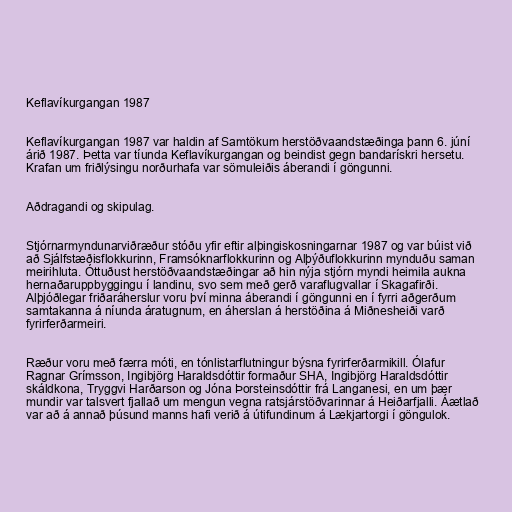
Keflavíkurgangan 1987

Keflavíkurgangan 1987 var haldin af Samtökum herstöðvaandstæðinga þann 6. júní
árið 1987. Þetta var tíunda Keflavíkurgangan og beindist gegn bandarískri hersetu.
Krafan um friðlýsingu norðurhafa var sömuleiðis áberandi í göngunni.

Aðdragandi og skipulag.

Stjórnarmyndunarviðræður stóðu yfir eftir alþingiskosningarnar 1987 og var búist við
að Sjálfstæðisflokkurinn, Framsóknarflokkurinn og Alþýðuflokkurinn mynduðu saman
meirihluta. Óttuðust herstöðvaandstæðingar að hin nýja stjórn myndi heimila aukna
hernaðaruppbyggingu í landinu, svo sem með gerð varaflugvallar í Skagafirði.
Alþjóðlegar friðaráherslur voru því minna áberandi í göngunni en í fyrri aðgerðum
samtakanna á níunda áratugnum, en áherslan á herstöðina á Miðnesheiði varð
fyrirferðarmeiri.

Ræður voru með færra móti, en tónlistarflutningur býsna fyrirferðarmikill. Ólafur
Ragnar Grímsson, Ingibjörg Haraldsdóttir formaður SHA, Ingibjörg Haraldsdóttir
skáldkona, Tryggvi Harðarson og Jóna Þorsteinsdóttir frá Langanesi, en um þær
mundir var talsvert fjallað um mengun vegna ratsjárstöðvarinnar á Heiðarfjalli. Áætlað
var að á annað þúsund manns hafi verið á útifundinum á Lækjartorgi í göngulok.